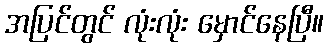
အပြင်တွင် လုံးလုံး မှောင်နေပြီ။